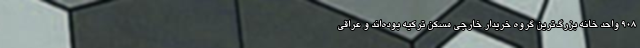
۹۰۸ واحد خانه بزرگ‌ترین گروه خریدار خارجی مسکن ترکیه بوده‌اند و عراقی